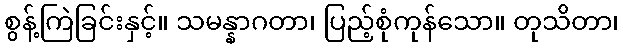
စွန့်ကြဲခြင်းနှင့်။ သမန္နာဂတာ၊ ပြည့်စုံကုန်သော။ တုသိတာ၊